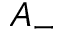
A _ { - }